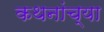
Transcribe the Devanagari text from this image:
कथनांच्या